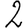
Digit: 2